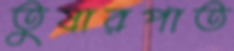
তুষারপাত